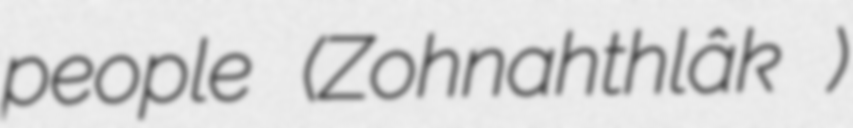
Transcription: people (Zohnahthlâk )